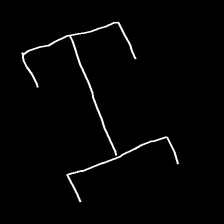
Glyph: entwine